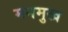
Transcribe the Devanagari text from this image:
मनमुख